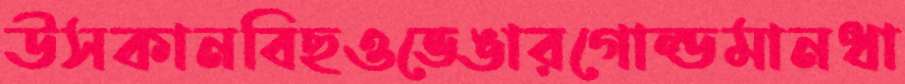
উসকানবিছওভেঙারগোল্ডমানধা